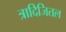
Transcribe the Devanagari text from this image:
त्रादिजितल